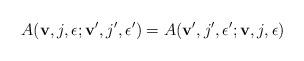
LaTeX: \begin{align*}A({\bf v},j,\epsilon;{\bf v}',j',\epsilon')=A({\bf v}',j',\epsilon';{\bf v},j,\epsilon)\end{align*}